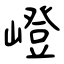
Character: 嶝